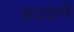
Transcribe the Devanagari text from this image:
प्रदायगी